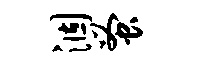
涸蚤